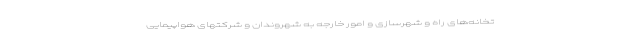
تخانه‌های راه و شهرسازی و امور خارجه به شهروندان و شرکتهای هواپیمایی